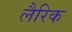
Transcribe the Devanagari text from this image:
लैरिक